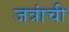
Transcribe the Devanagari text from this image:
जत्रांची